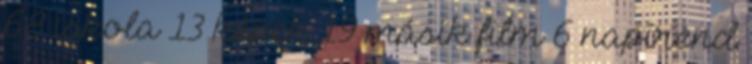
68 iskola 13 képek 19 másik film 6 napirend